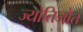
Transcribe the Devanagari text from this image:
ज्योतिजोत